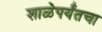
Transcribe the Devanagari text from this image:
शाळेपर्यंतचा